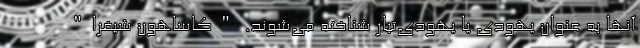
آنها به عنوان یهودی یا یهودی‌تبار شناخته می‌شوند. "کاساهون شیفرا"